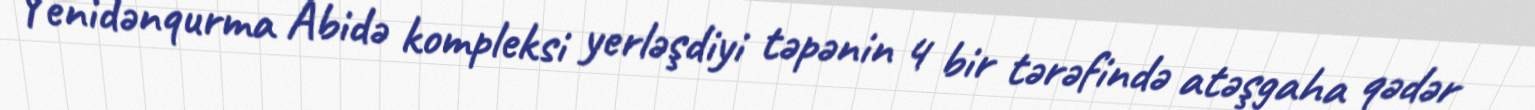
Yenidənqurma Abidə kompleksi yerləşdiyi təpənin 4 bir tərəfində atəşgaha qədər